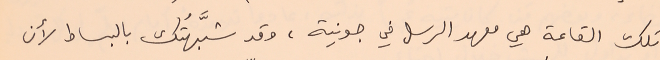
تلك القاعة هي معهد الرسل في جونية، وقد شبَّهتُك بالبساط لأن